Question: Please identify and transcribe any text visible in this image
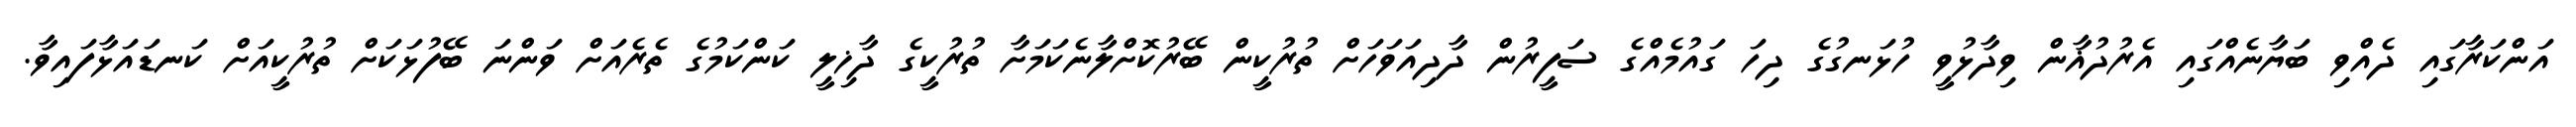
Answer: އަންކަރާގައި ދެއްވި ބަޔާނެއްގައި އެރުދުޣާން ވިދާޅުވީ ހުޅަނގުގެ ދިހަ ގައުމެއްގެ ސަފީރުން ދާދިއަވަހަށް ތުރުކީން ބޭރުކޮށްލާނެކަމަށާ ތުރުކީގެ ދާޚިލީ ކަންކަމުގެ ތެރެއަށް ވަންނަ ބޭފުޅަކަށް ތުރުކީއަށް ކަނޑައަޅާފައިވާ.